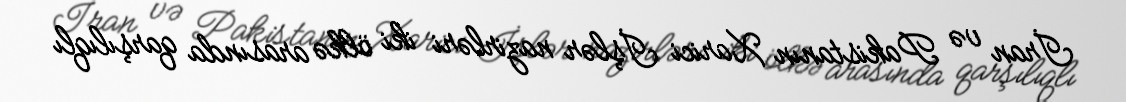
İran və Pakistanın Xarici İşlər nazirləri iki ölkə arasında qarşılıqlı